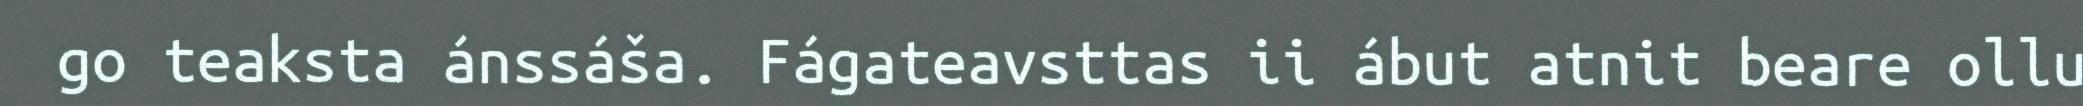
go teaksta ánssáša. Fágateavsttas ii ábut atnit beare ollu